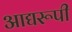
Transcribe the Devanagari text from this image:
आद्यरूपी